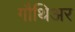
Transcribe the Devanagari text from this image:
गौथिअर